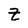
Character: z